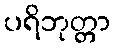
ပရိဘုတ္တာ